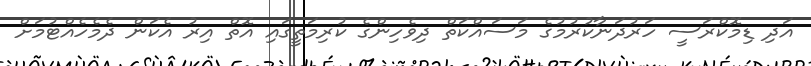
އަދި ޑިމޮކްރަސީ ހަރުދަނާކުރުމުގެ މަސައްކަތް ދިވެހިންގެ ކުރިމަތީގައި އޮތް އިރު އެކަން ދެމެހެއްޓުމަށް